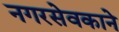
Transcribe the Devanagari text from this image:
नगरसेवकाने